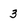
Character: 3